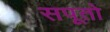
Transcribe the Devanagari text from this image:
सपूतो